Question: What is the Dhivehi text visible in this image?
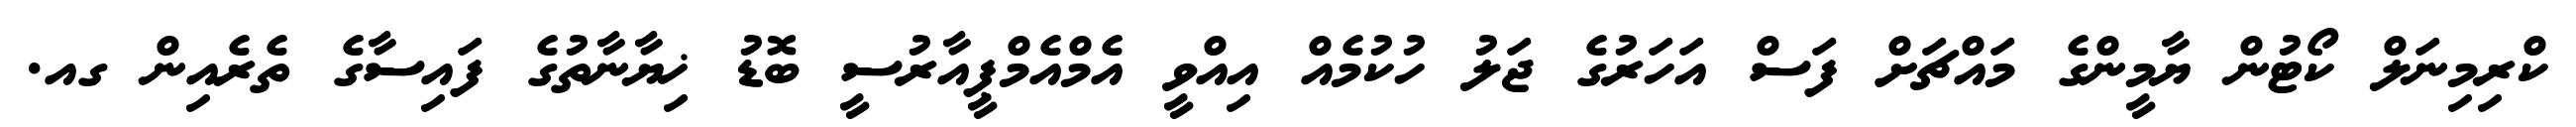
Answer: ކްރިމިނަލް ކޯޓުން ޔާމީންގެ މައްޗަށް ފަސް އަހަރުގެ ޖަލު ހުކުމެއް އިއްވީ އެމްއެމްޕީއާރުސީ ބޮޑު ޚިޔާނާތުގެ ފައިސާގެ ތެރެއިން ގއ.